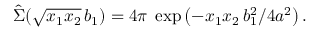
\hat { \Sigma } ( \sqrt { x _ { 1 } x _ { 2 } } \, b _ { 1 } ) = 4 \pi \; \exp \left( - x _ { 1 } x _ { 2 } \, b _ { 1 } ^ { 2 } / 4 a ^ { 2 } \right) .